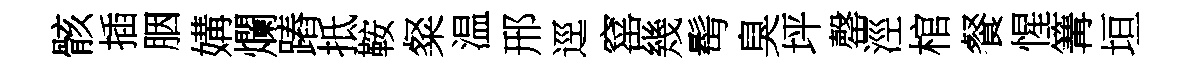
骸插胭媾爛蹖抵鞍粲温邢逕窰幾髩臭坪罄涇棺餐惺篝垣